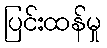
ပြင်းထန်မှု